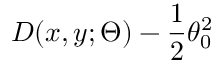
D ( x , y ; \Theta ) - \frac { 1 } { 2 } \theta _ { 0 } ^ { 2 }